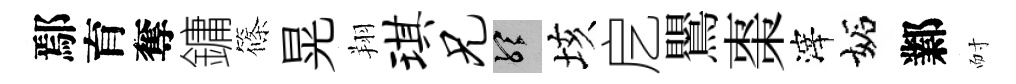
鄢育奪鏞篠晃翔琪兄聽垓戹鸎棗滓妬鄴耐